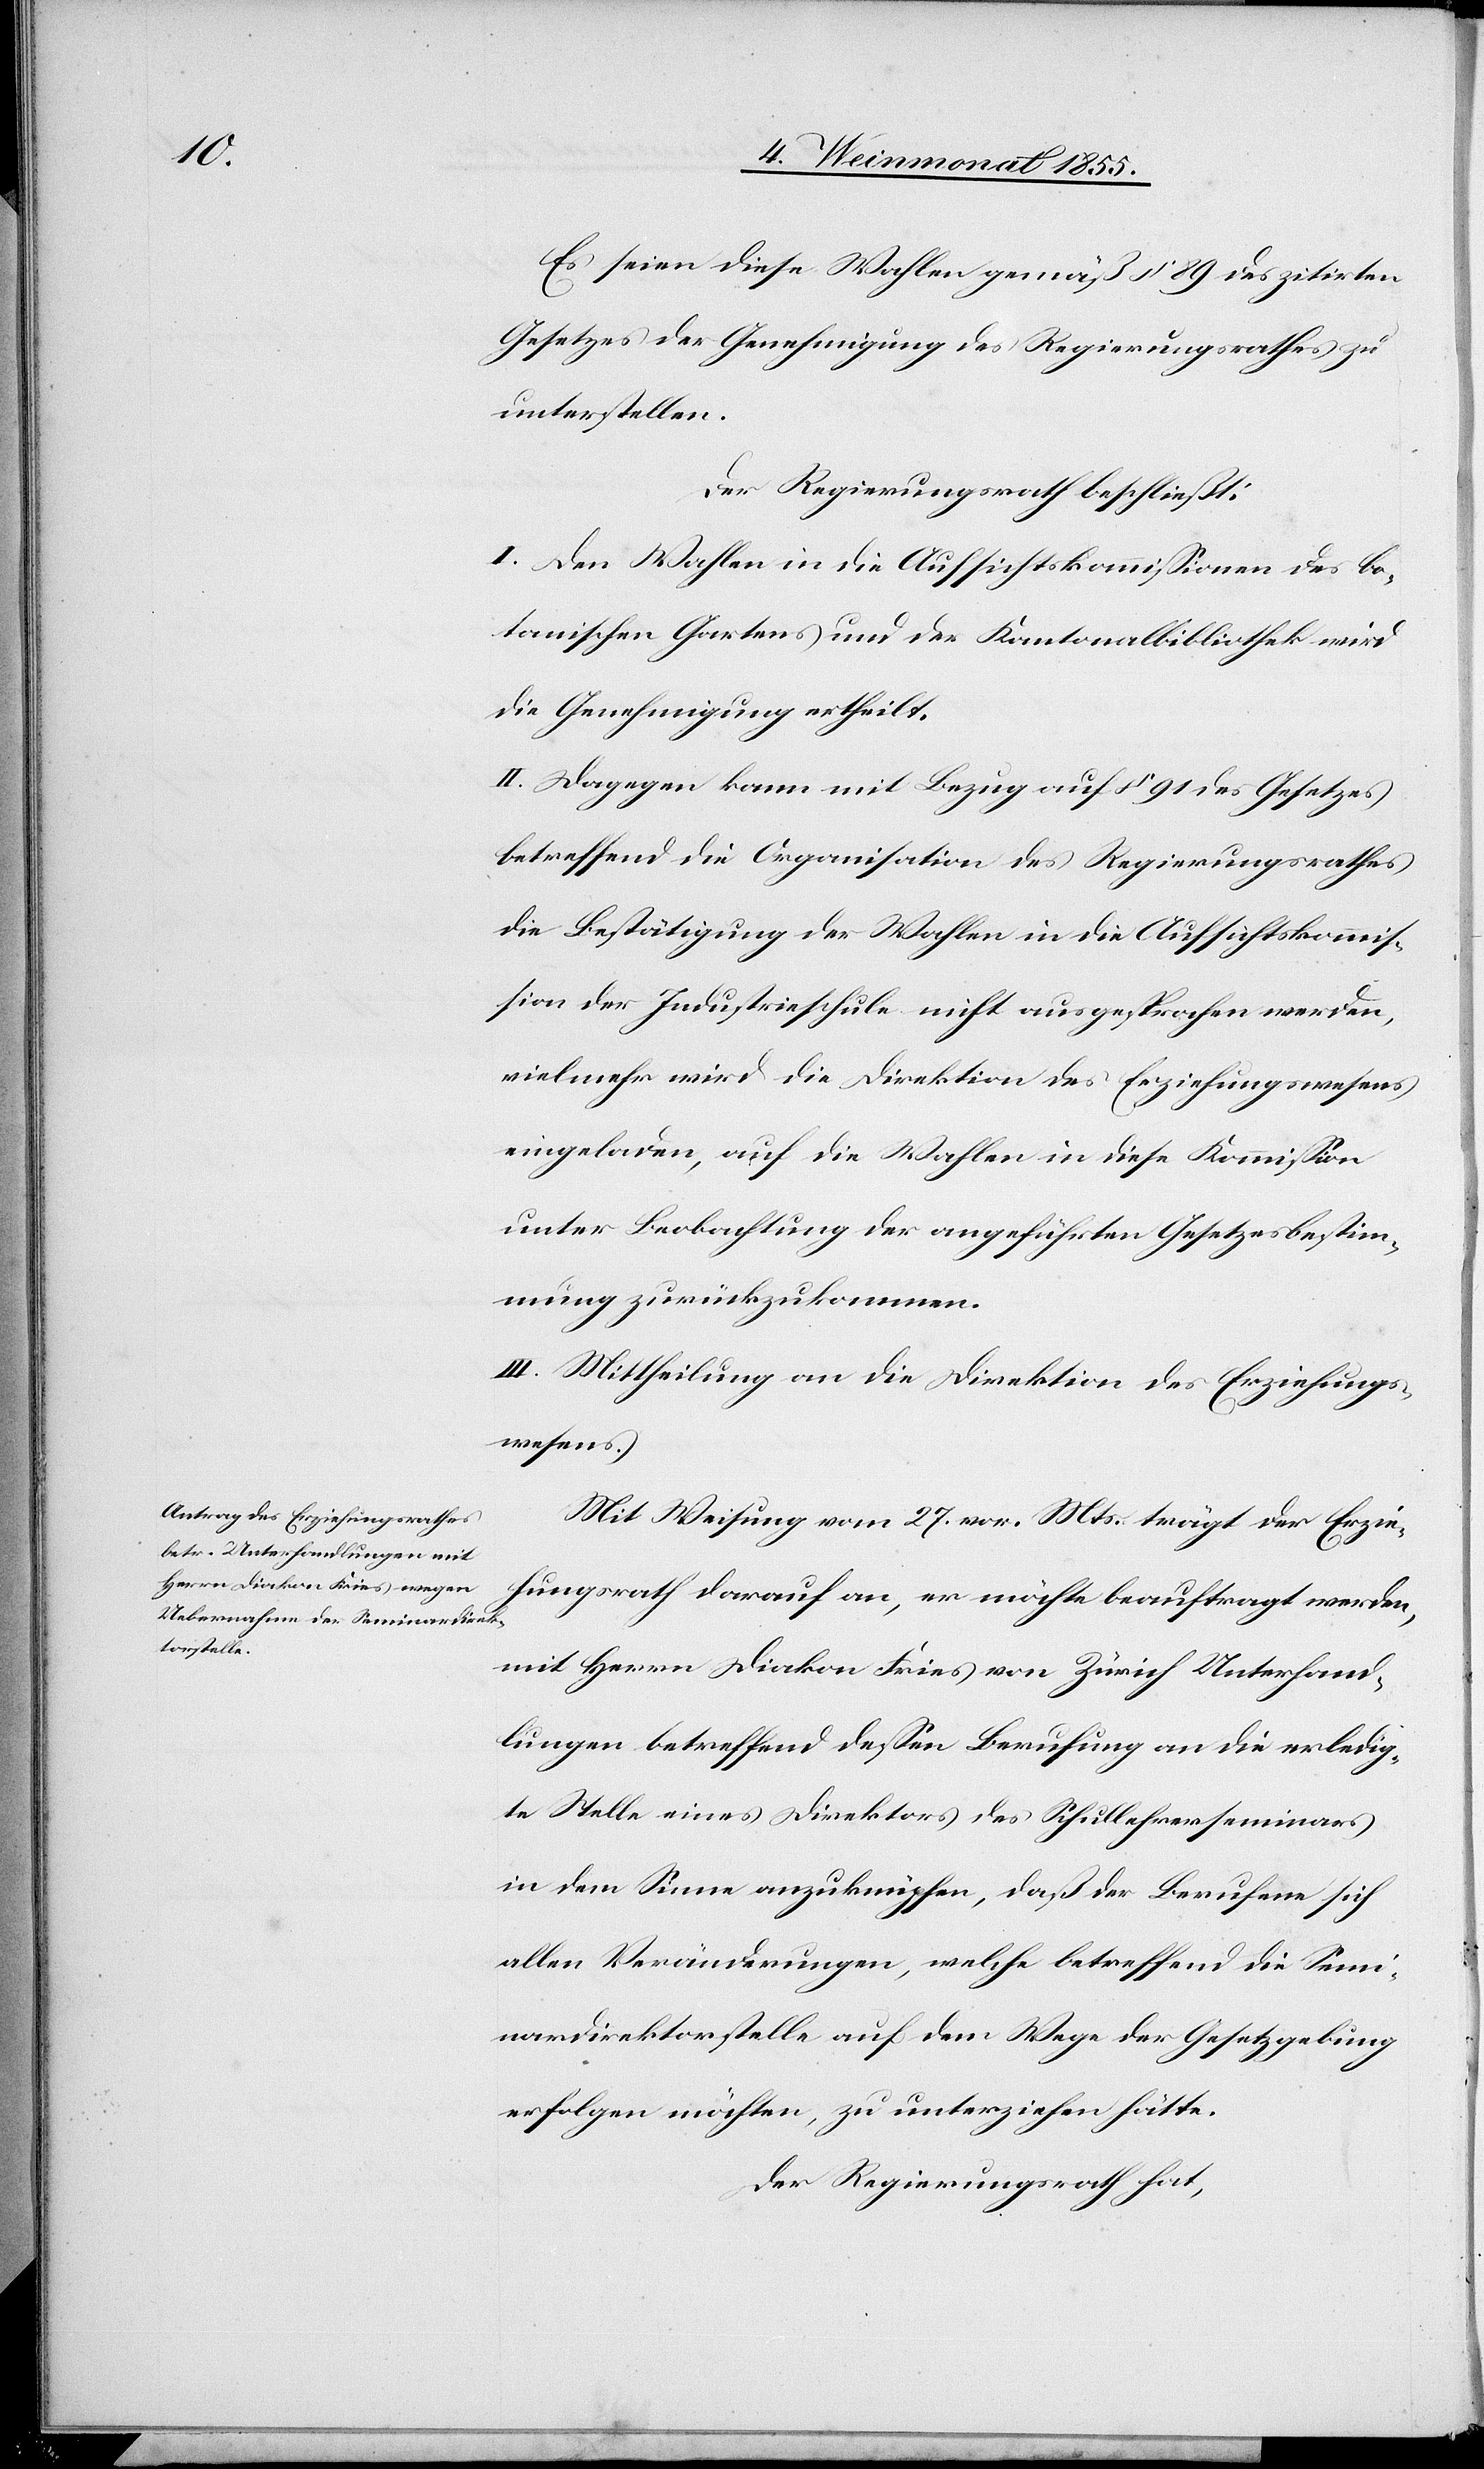
Es seien diese Wahlen gemäß § 89 des zitirten
Gesetzes der Genehmigung des Regierungsrathes zu
unterstellen.
Der Regierungsrath beschließt:
I. Den Wahlen in die Aufsichtskommissionen des bo¬
tanischen Gartens und der Kantonalbibliothek wird
die Genehmigung ertheilt.
II. Dagegen kann mit Bezug auf § 91 des Gesetzes
betreffend die Organisation des Regierungsrathes
die Bestätigung der Wahlen in die Aufsichtskommis¬
sion der Industrieschule nicht ausgesprochen werden,
vielmehr wird die Direktion des Erziehungswesens
eingeladen, auf die Wahlen in diese Kommission
unter Beobachtung der angeführten Gesetzesbestim¬
mung zurückzukommen.
III. Mittheilung an die Direktion des Erziehungs¬
wesens.
Mit Weisung vom 27. vor. Mts. trägt der Erzie¬
hungsrath darauf an, er möchte beauftragt werden,
mit Herrn Diakon Fries von Zürich Unterhand¬
lungen betreffend dessen Berufung an die erledig¬
te Stelle eines Direktors des Schullehrerseminars
in dem Sinne anzuknüpfen, daß der Berufene sich
allen Veränderungen, welche betreffend die Semi¬
nardirektorstelle auf dem Wege der Gesetzgebung
erfolgen möchten, zu unterziehen hätte.
Der Regierungsrath hat,